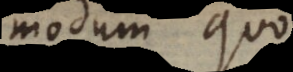
modum quo